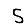
Digit: 5